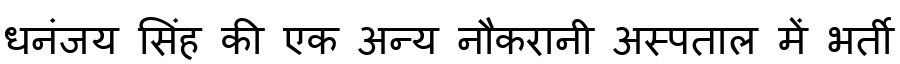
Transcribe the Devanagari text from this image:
धनंजय सिंह की एक अन्य नौकरानी अस्पताल में भर्ती